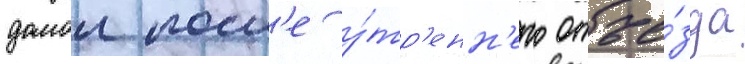
домои посл'е у́тр'енн'его отъе́зда